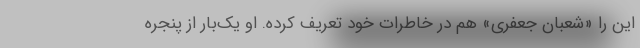
این را «شعبان جعفری» هم در خاطرات خود تعریف کرده. او یک‌بار از پنجره